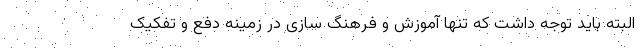
البته باید توجه داشت که تنها آموزش و فرهنگ سازی در زمینه دفع و تفکیک